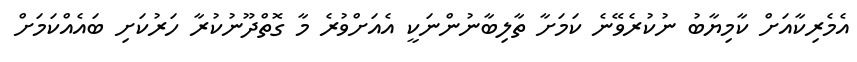
އެމެރިކާއަށް ކާމިޔާބު ނުކުރެވޭނެ ކަމަށާ ތާލިބާނުންނަކީ އެއަށްވުރެ މާ ގޮތްދޫނުކުރާ ހަރުކަށި ބައެއްކަމަށް